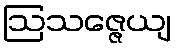
ဩသဇ္ဇေယျ